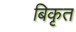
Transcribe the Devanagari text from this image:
बिकृत